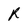
Character: R